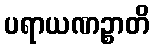
ပရာယဏဉ္စာတိ